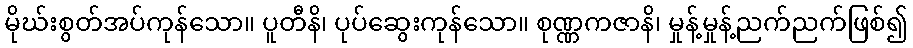
မိုဃ်းစွတ်အပ်ကုန်သော။ ပူတီနိ၊ ပုပ်ဆွေးကုန်သော။ စုဏ္ဏကဇာနိ၊ မှုန့်မှုန့်ညက်ညက်ဖြစ်၍